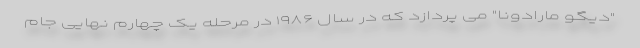
"دیگو مارادونا" می پردازد که در سال ۱۹۸۶ در مرحله یک چهارم نهایی جام